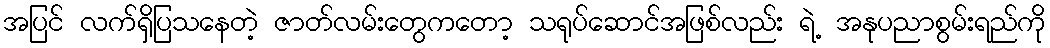
အပြင် လက်ရှိပြသနေတဲ့ ဇာတ်လမ်းတွေကတော့ သရုပ်ဆောင်အဖြစ်လည်း ရဲ့ အနုပညာစွမ်းရည်ကို